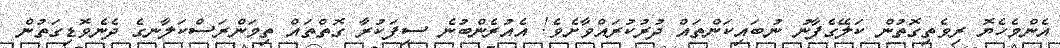
އެންމެހެޔޮ ރިވެތިގޮތުން ކަލޭގެފާނު ނުބައިކަންތައް ދުރުކުރައްވާށެވެ! އެއުރެންބުނެ ސިފަކުރާ ގޮތްތައް ތިމަންރަސްކަލާނގެ ދެނެވޮޑިގަތުން